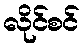
လိုင်စင်